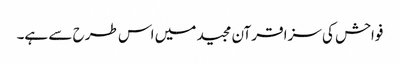
فواحش کی سزا قرآن مجید میں اس طرح سے ہے۔